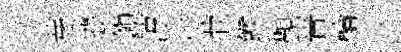
芽逰鎭淳待茕餱覲晋輪